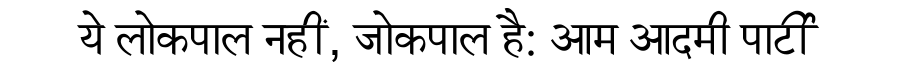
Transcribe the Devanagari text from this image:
ये लोकपाल नहीं, जोकपाल है: आम आदमी पार्टी